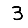
Digit: 3